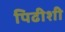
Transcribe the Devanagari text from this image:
पिढीशी